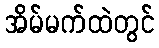
အိမ်မက်ထဲတွင်